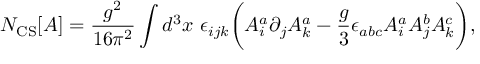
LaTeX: N _ { \mathrm { C S } } [ A ] = { \frac { g ^ { 2 } } { 1 6 \pi ^ { 2 } } } \int d ^ { 3 } x \ \epsilon _ { i j k } \biggl ( A _ { i } ^ { a } \partial _ { j } A _ { k } ^ { a } - { \frac { g } { 3 } } \epsilon _ { a b c } A _ { i } ^ { a } A _ { j } ^ { b } A _ { k } ^ { c } \biggr ) ,